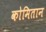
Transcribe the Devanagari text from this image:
कोमितान